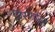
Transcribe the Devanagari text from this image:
विस्फरित